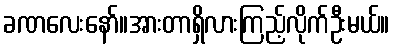
ခဏလေးနော်။အားတာရှိလားကြည့်လိုက်ဦးမယ်။